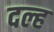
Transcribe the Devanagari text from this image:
दल्ह